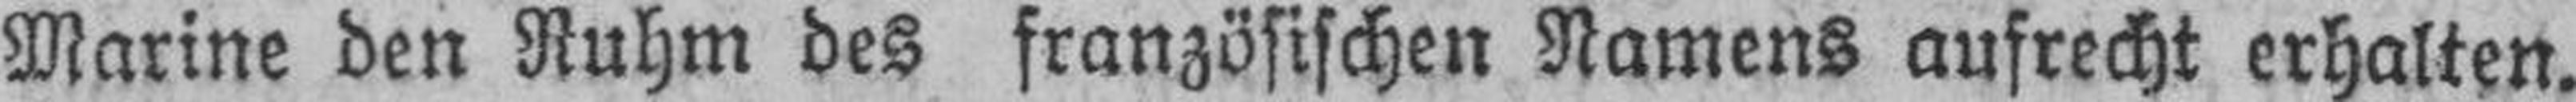
Marine den Ruhm des französischen Namens aufrecht erhalten.